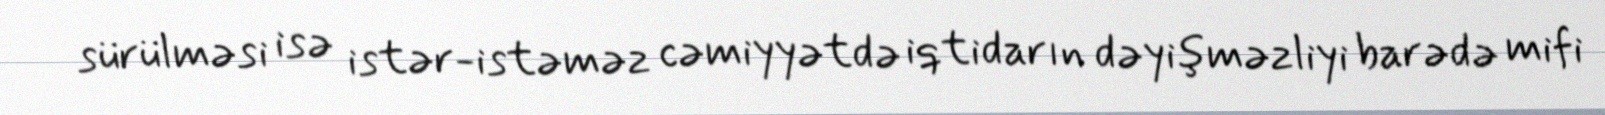
sürülməsi isə istər-istəməz cəmiyyətdə iqtidarın dəyişməzliyi barədə mifi